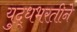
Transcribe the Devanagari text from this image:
युद्धभरतीने